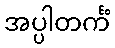
အပ္ပါတင်္ကံ